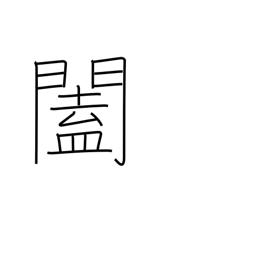
Meaning: doors